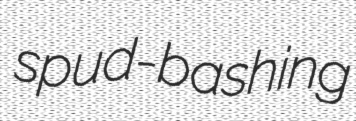
spud-bashing